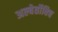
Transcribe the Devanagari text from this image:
अल्बेर्तोविच